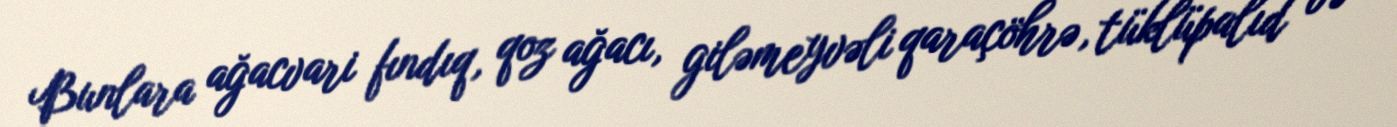
Bunlara ağacvari fındıq, qoz ağacı, giləmeyvəli qaraçöhrə, tüklüpalıd və